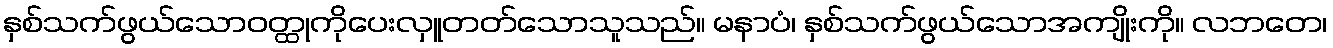
နှစ်သက်ဖွယ်သောဝတ္ထုကိုပေးလှူတတ်သောသူသည်။ မနာပံ၊ နှစ်သက်ဖွယ်သောအကျိုးကို။ လဘတေ၊